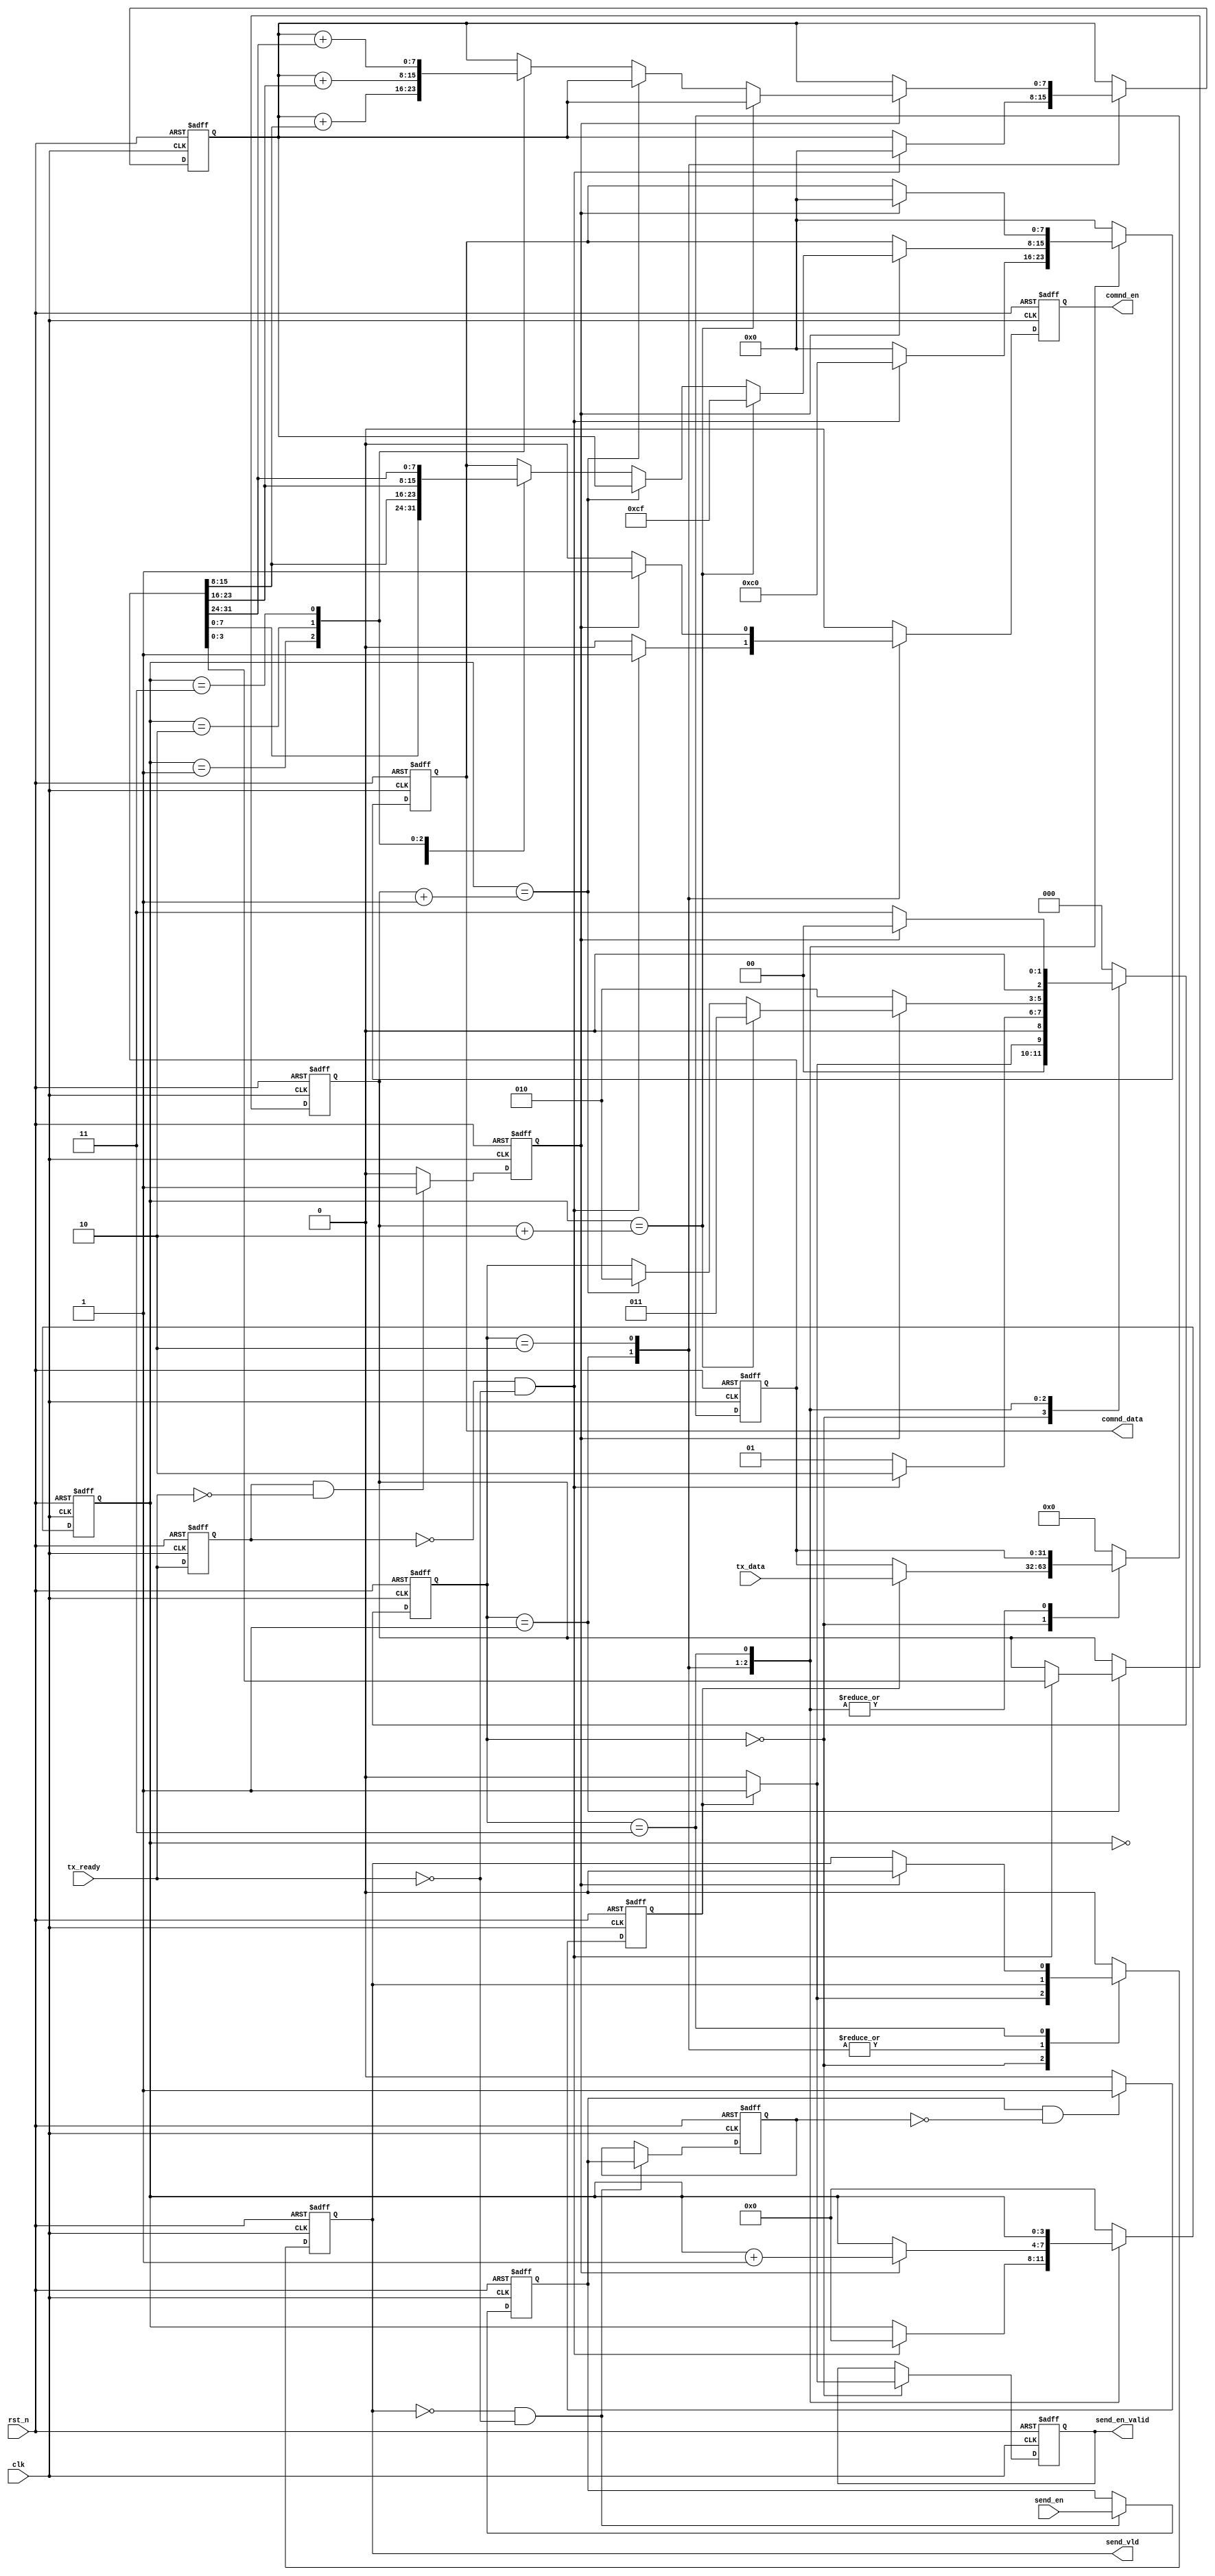
`timescale 1ns / 1ps
//////////////////////////////////////////////////////////////////////////////////
// Company: 
// Engineer: 
// 
// Design Name: 
// Module Name:    power_tx_decode 
// Project Name: 
// Target Devices: 
// Tool versions: 
// Description: 
//
// Dependencies: 
//
// Revision: 
// Revision 0.01 - File Created
// Additional Comments: 
//		332bit
//////////////////////////////////////////////////////////////////////////////////
module power_tx_decode(
input clk,					// 
input rst_n,				//

input tx_ready,				//
input [31:0] tx_data,		//	RS232byte,byte
input send_en,				//64
output send_en_valid,		//FPGA,
output [7:0] comnd_data,	//
output comnd_en,			//
output send_vld				//64
);

parameter		IDLE		=	3'd0,
				SD_START	=	3'd1,
				SD_DATA		=	3'd2,
				SD_STOP		=	3'd3,
				LENTH_RV	= 	4'd10;

reg [7:0] comnd_data_r = 8'd0;
reg [2:0] sd_state = 3'd0;
reg [3:0] sd_cnt = 4'd0;
reg send_vld_r = 1'b0;
reg comnd_en_r = 1'b0;
reg send_en_valid_r = 1'b0;
				
reg tx_ready_d1 = 1'b0;
reg [31:0] tx_data_r = 32'd0;
reg send_en_d1 = 1'b0,send_en_d2 = 1'b0;
reg ngready_en = 1'b0;		//
reg pgsend_en = 1'b0;		//
reg [3:0] sd_lenth = 4'd0;	//
reg [7:0] check_data = 8'd0;

assign comnd_data 	= 	comnd_data_r;
assign comnd_en		= 	comnd_en_r;
assign send_vld 	= 	send_vld_r;
assign send_en_valid	= 		send_en_valid_r;


////////////////10c0cf///////////////
always @ (posedge clk or negedge rst_n) begin
	if(!rst_n) 	begin
		send_en_d1 		<=		1'b0;			//
		send_en_d2 		<=		1'b0;
	end
	else if(~send_vld_r & ~tx_ready)	begin
			send_en_d1		<=		send_en;
			send_en_d2		<=		send_en_d1;
	end
end

always @ (posedge clk or negedge rst_n) begin
	if(!rst_n) 	tx_ready_d1		<= 		1'b0;			//
	else		tx_ready_d1		<=		tx_ready;
end

// assign	ngready_en = tx_ready_d1 & (~tx_ready);		//1byte
always @ (posedge clk or negedge rst_n) begin
	if(!rst_n) 	
			ngready_en		<= 		1'b0;			//
	else if (tx_ready_d1 && (!tx_ready)) 
			ngready_en		<= 		1'b1;
	else	
			ngready_en		<= 		1'b0;
end
// assign	pgsend_en  = send_en_d1  & (~send_en_d2);	//64
always @ (posedge clk or negedge rst_n) begin
	if(!rst_n) 	
			pgsend_en		<= 		1'b0;			//
	else if (send_en_d1 && (!send_en_d2)) 
			pgsend_en		<= 		1'b1;
	else	
			pgsend_en		<= 		1'b0;
end

always @ (posedge clk or negedge rst_n) begin
	if(!rst_n) begin
			comnd_data_r 	<= 		8'd0;
			sd_state 		<= 		IDLE;
			sd_cnt			<= 		4'd0;
			send_vld_r	 	<= 		1'b0;
			comnd_en_r		<=		1'b0;
			tx_data_r		<=		32'd0;
			send_en_valid_r <= 		1'b0;
			sd_lenth		<=		4'd0;
			check_data		<=		8'd0;
		end
	else begin
	 case(sd_state)
	 IDLE : begin		//
			comnd_data_r 	<= 		8'd0;
			sd_cnt			<= 		4'd0;
			// send_vld_r	 	<= 		1'b0;
			comnd_en_r		<=		1'b0;
		
			if(pgsend_en) begin
				sd_state 		<= 		SD_START;
				send_vld_r	 	<= 		1'b1;
				send_en_valid_r <= 		1'b1;
				tx_data_r		<=		tx_data;
			end
			else begin
				sd_state 		<= 		IDLE;
				send_vld_r	 	<= 		1'b0;
				send_en_valid_r <= 		1'b0;
			end
	 end
	 SD_START : begin	//
			if( (~tx_ready_d1) & (~tx_ready)) begin		//
				comnd_en_r		<=		1'b1;
				comnd_data_r	<=		8'hc0;
				sd_state 		<= 		SD_DATA;
				sd_cnt			<= 		4'd0;
				sd_lenth		<=		tx_data_r[7:0];
				check_data		<=		8'd0;
			end
			else begin
				comnd_en_r		<=		1'b0;
				comnd_data_r	<=		8'h00;
				sd_state 		<= 		SD_START;
			end
	 end
	 SD_DATA : begin
			// if( ngready_en && (sd_cnt == sd_lenth)) begin	//8cf
				// sd_cnt 			<= 		4'd0;
				// sd_state 		<= 		SD_STOP;
				// comnd_en_r		<=		1'b1;
				// comnd_data_r	<=		8'hcf;   
			// end
			// else 
			if(ngready_en) begin	//
				sd_cnt 			<= 		sd_cnt + 1'b1;
				
				if(sd_cnt == sd_lenth + 2) begin
					sd_state 		<= 		SD_STOP;
					comnd_data_r	<=		8'hcf; 
				end
				else if(sd_cnt == sd_lenth + 1) begin
					sd_state 		<= 		SD_DATA;
					comnd_data_r	<=		check_data; 
				end
				else begin
					// if(sd_cnt > 4'd1) begin
						// check_data		<=		check_data + comnd_data_r;
						// sd_state 		<= 		SD_DATA;
					// end
					
					case (sd_cnt)
					 4'd0 : comnd_data_r	<=		tx_data_r[7:0];
					 4'd1 : begin
						comnd_data_r	<=		tx_data_r[15:8];
						check_data		<=		check_data + tx_data_r[15:8];
					 end
					 4'd2 : begin
						comnd_data_r	<=		tx_data_r[23:16];
						check_data		<=		check_data + tx_data_r[23:16];
					 end
					 4'd3 : begin
						comnd_data_r	<=		tx_data_r[31:24];
						check_data		<=		check_data + tx_data_r[31:24];
					 end
					 default : comnd_data_r <=      comnd_data_r;
					 endcase
					
				end
					
				comnd_en_r		<=		1'b1;
			end
			else begin
				comnd_en_r		<=		1'b0;
				sd_state 		<= 		SD_DATA;
			end
	 end
	 SD_STOP : begin
			if(ngready_en) begin		//IDLE
				comnd_en_r		<=		1'b0;
				comnd_data_r	<=		8'h00;
				sd_state 		<= 		IDLE;
				send_vld_r	 	<= 		1'b0;
			end
			else begin
				comnd_en_r		<=		1'b0;
				sd_state 		<= 		SD_STOP;
			end
	 end
	 default : begin
			comnd_data_r 	<= 		8'd0;
			sd_state 		<= 		IDLE;
			sd_cnt			<= 		4'd0;
			send_vld_r	 	<= 		1'b0;
			tx_data_r		<=		32'd0;
			comnd_en_r		<=		1'b0;
	 end
	 endcase 
	end
end



endmodule